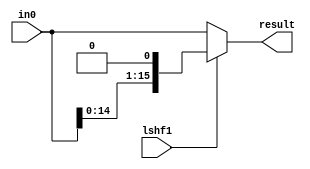
`timescale 1ns / 1ps
//////////////////////////////////////////////////////////////////////////////////
// Company: 
// Engineer: 
// 
// Design Name: 
// Module Name: lshf1
// Project Name: 
// Target Devices: 
// Tool Versions: 
// Description: 
// 
// Dependencies: 
// 
// Revision:
// Revision 0.01 - File Created
// Additional Comments:
// 
//////////////////////////////////////////////////////////////////////////////////


module lshf1(
    input [15:0] in0,
    input lshf1,
    output [15:0] result
    );
    
    // if lshf1 is zero then pass output if it is 1 then pass a left shifted value
    
    assign result = lshf1 ? in0 << 1 : in0;
    
endmodule